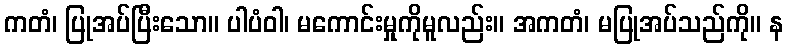
ကတံ၊ ပြုအပ်ပြီးသော။ ပါပံဝါ၊ မကောင်းမှုကိုမူလည်း။ အကတံ၊ မပြုအပ်သည်ကို။ န